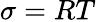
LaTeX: \sigma=RT